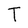
Character: T